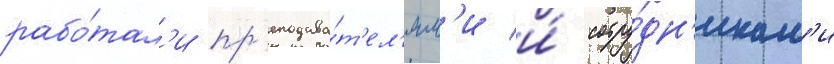
рабо́тал'и пр'еподава́т'ел'ям'и и́ сотру́дн'икам'и